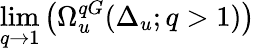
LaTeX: \operatorname*{lim}_{q\to 1}\left(\Omega_{u}^{qG}(\Delta_{u};q>1)\right)